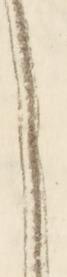
し